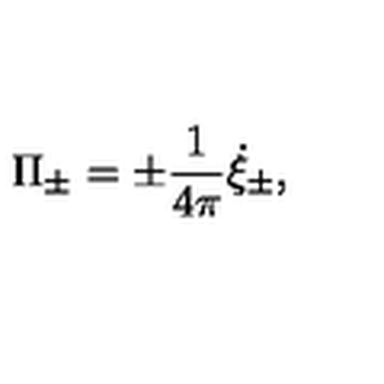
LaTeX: \Pi _ { \pm } = \pm { \frac { 1 } { 4 \pi } } \dot { \xi } _ { \pm } ,